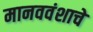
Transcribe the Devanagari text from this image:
मानववंशाचे